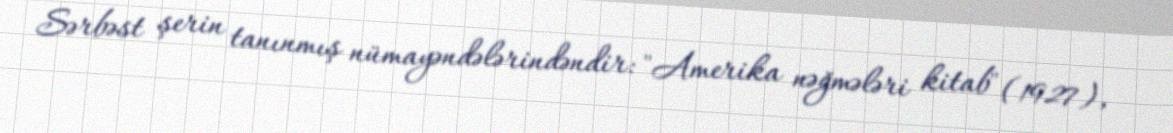
Sərbəst şerin tanınmış nümayəndələrindəndir: "Amerika nəğmələri kitab" (1927),